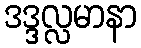
ဒဒ္ဒလ္လမာနာ